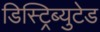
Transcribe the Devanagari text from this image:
डिस्ट्रिब्युटेड